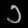
Digit: ၁